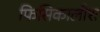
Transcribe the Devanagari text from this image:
फिसिकालीश